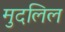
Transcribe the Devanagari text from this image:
मुदलिल